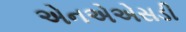
એનએએસડી